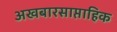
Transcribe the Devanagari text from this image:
अखबारसाप्ताहिक